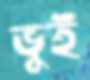
ভুই